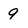
Character: 9